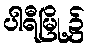
ပါရီမြို့၌